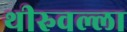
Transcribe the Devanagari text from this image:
थीरुवल्ला